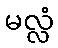
မလ္လံ